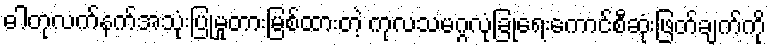
ဓါတုလက်နက်အသုံးပြုမှုတားမြစ်ထားတဲ့ ကုလသမဂ္ဂလုံခြုံရေးကောင်စီဆုံးဖြတ်ချက်ကို